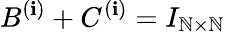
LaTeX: B^{(\mathbf{i})}+C^{(\mathbf{i})}=I_{\mathbb{N}\times\mathbb{N}}